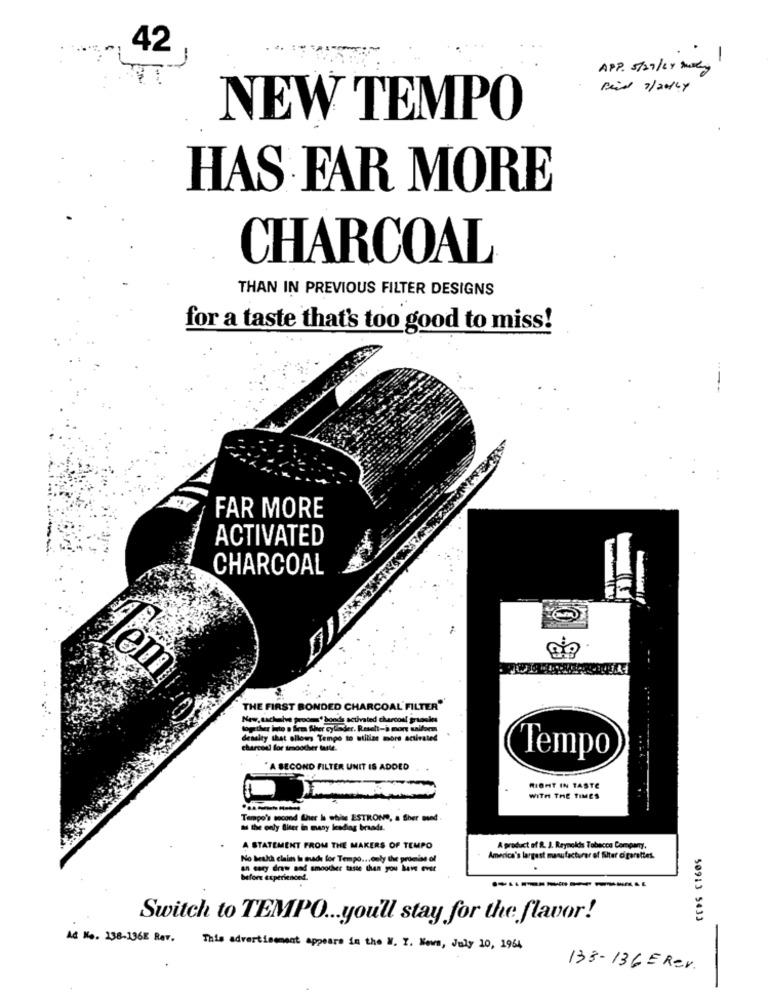
42
APP. 5/27/ 24 sky
NEW TEMPO
HAS FAR MORE
CHARCOAL
THAN IN PREVIOUS FILTER DESIGNS
for a taste that's too good to miss!
FAR MORE
ACTIVATED
CHARCOAL
lem
THE FIRST BONDED CHARCOAL'FILTER"
New, sachalve prooms" bonds activated charcoal gradoles
top ther into a firm Siher cylinder. Resel-à more saifor
density that allows Tempo to utilize more activated
charcodl for smoother tadle.
Tempo
" A SECOND FILTER UNIT IS ADDED
RIGHT IN TASTE
WITH THE TIMES
----
Tempo's second Sher & white ESTROND, a Sher oved
A STATEMENT FROM THE MAKERS OF TEMPO
A product of R. J. Reynolds Tobacco Company,
No health claim Is made for Tempo ... only the promise of
America's largest manufacturer of filter cigarettes.
before experienced.
Switch to TEMPO ... you'll stay for the flavor!
50913 5433
Ad No. 138-136E Rev.
This advertisement appears in the W. Y. News, July 10, 1964
133-136 = Rev.
-